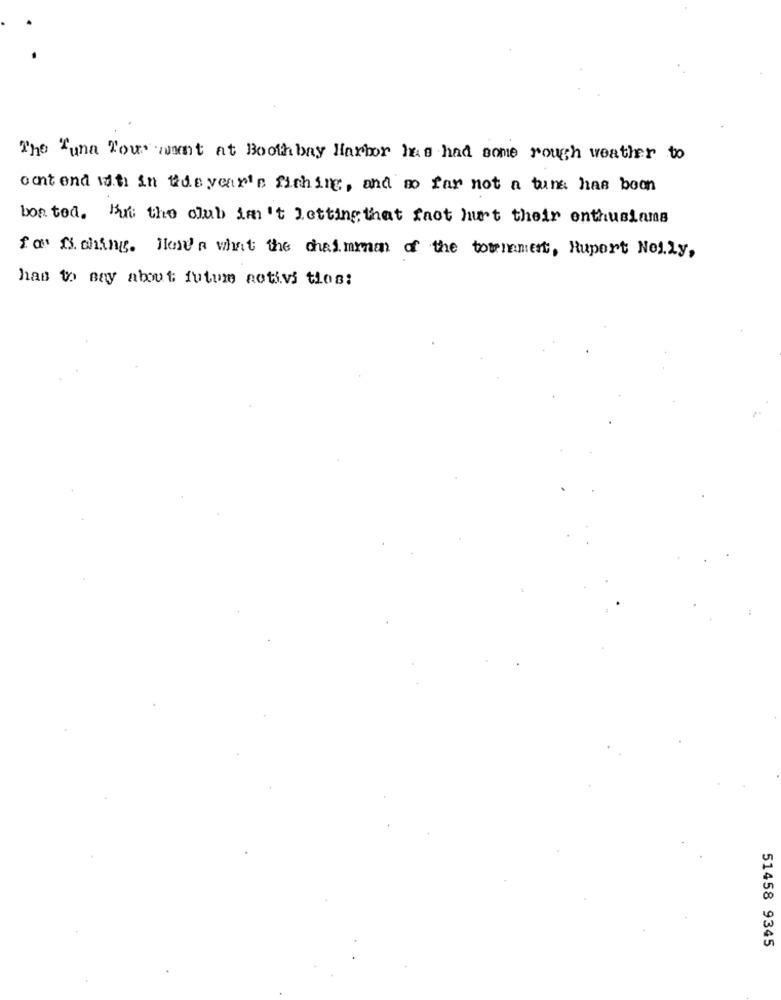
The Tuna You want at Booth bay Harbor has had some rough weather to
ochtend with in the year's fishing, and so far not a tuna has boon
bon ted. In the club im't letting that fnot hurt their enthusians
for fishing. Here's what the chairman of the tournament, Rupert Nelly,
has to say about future aotivi ties:
51458 9345